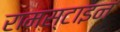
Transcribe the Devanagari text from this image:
रामस्टाइन